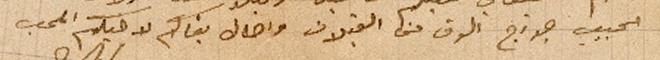
الحبيب جورج الوف من القبلات واطال بقاكم لاخيكم المحب